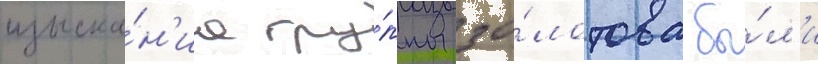
изыска́н'иа гру́ппы зо́лотова бы́л'и